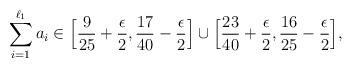
LaTeX: \begin{align*}\sum_{i=1}^{\ell_1}a_i\in \Bigl[\frac{9}{25}+\frac{\epsilon}{2},\frac{17}{40}-\frac{\epsilon}{2}\Bigr]\cup\Bigl[\frac{23}{40}+\frac{\epsilon}{2},\frac{16}{25}-\frac{\epsilon}{2}\Bigr],\end{align*}